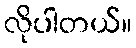
လိုပါတယ်။